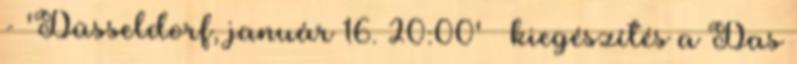
- 'Düsseldorf, január 16. 20:00' » kiegészítés a Das